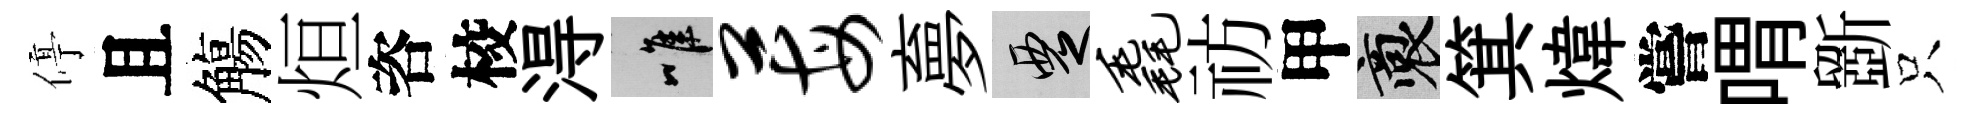
停且觴烜咨校淂唯莓夣覂毳祊甲裔箕煒嘗喟斵只